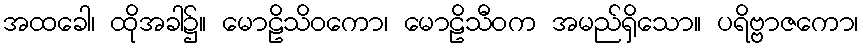
အထခေါ၊ ထိုအခါ၌။ မောဠိသိဝကော၊ မောဠိသီဝက အမည်ရှိသော။ ပရိဗ္ဗာဇကော၊